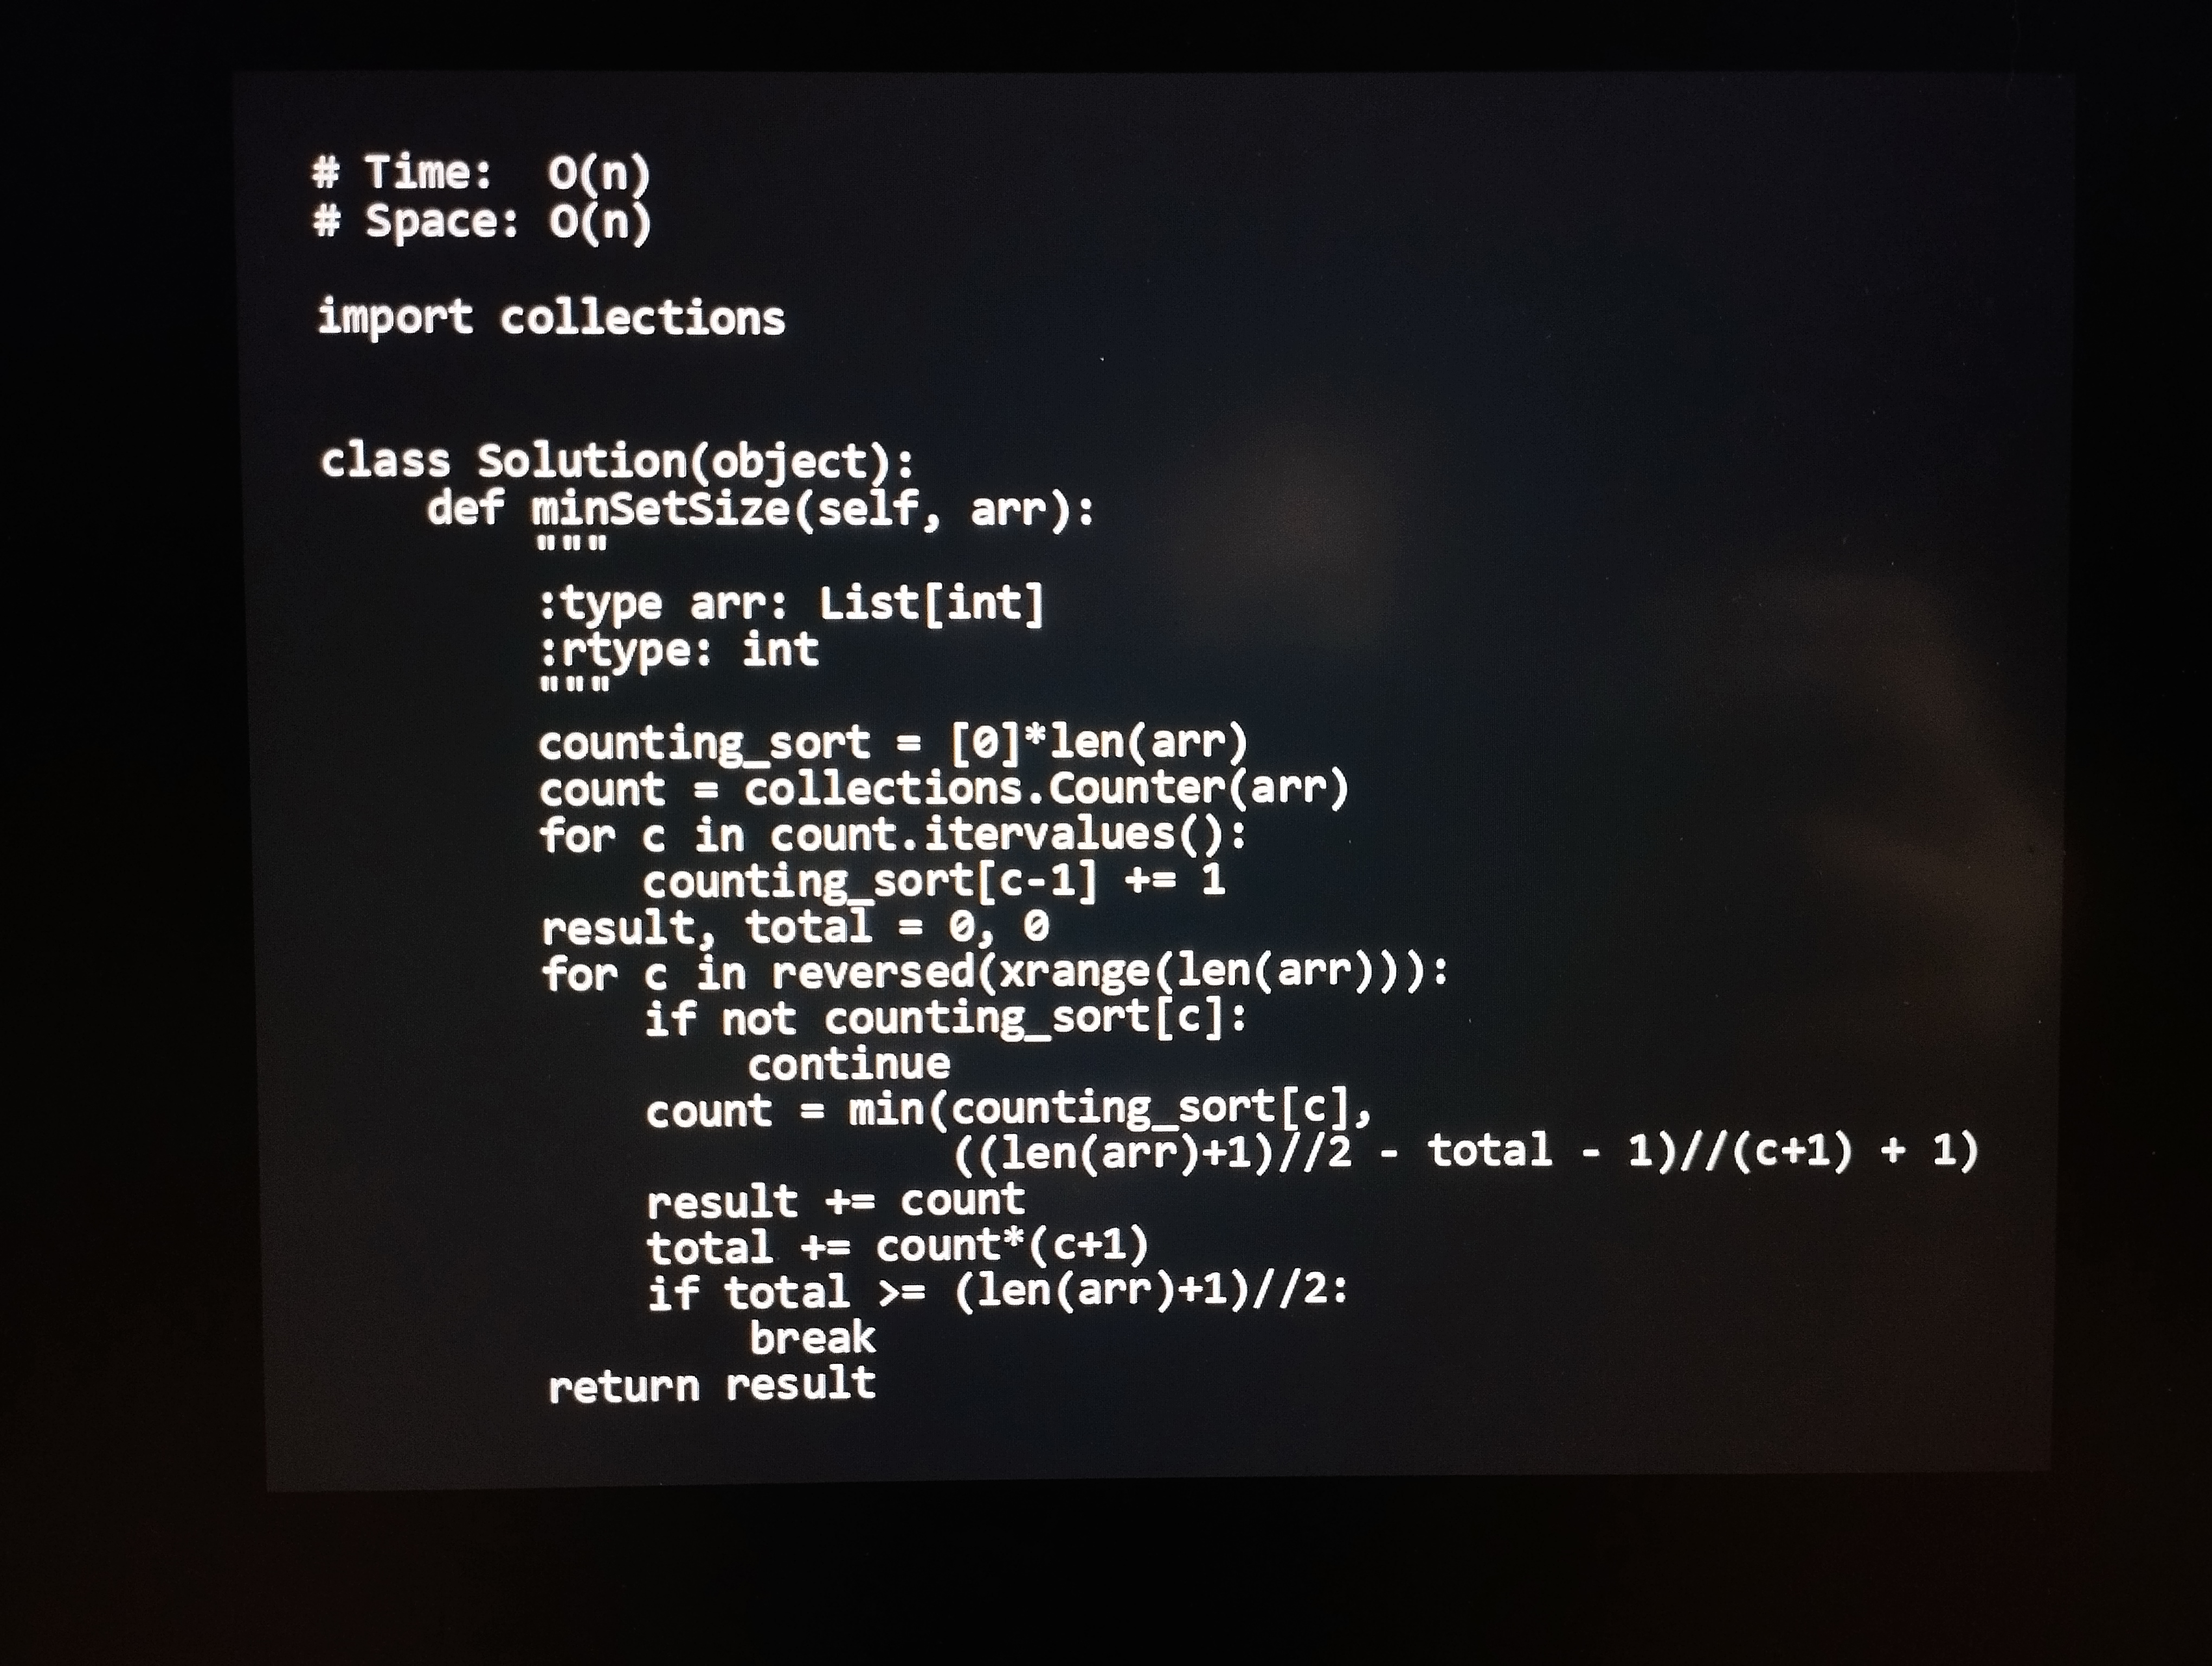
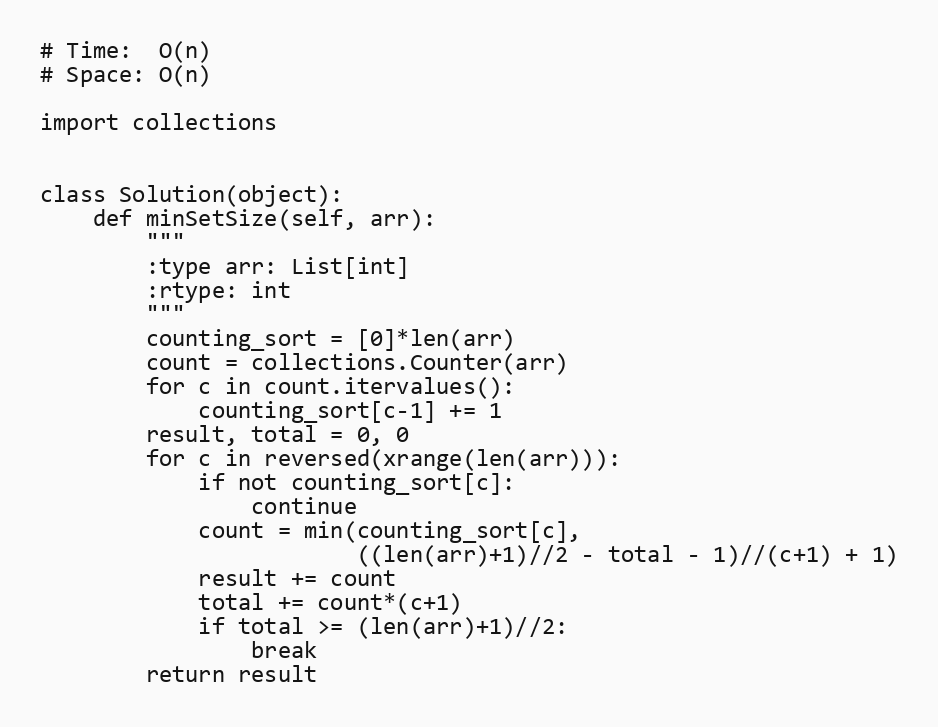
# Time:  O(n)
# Space: O(n)

import collections

class Solution(object):
    def minSetSize(self, arr):
        """
        :type arr: List[int]
        :rtype: int
        """
        counting_sort = [0]*len(arr)
        count = collections.Counter(arr)
        for c in count.itervalues():
            counting_sort[c-1] += 1
        result, total = 0, 0
        for c in reversed(xrange(len(arr))):
            if not counting_sort[c]:
                continue
            count = min(counting_sort[c],
                        ((len(arr)+1)//2 - total - 1)//(c+1) + 1)
            result += count
            total += count*(c+1)
            if total >= (len(arr)+1)//2:
                break
        return result